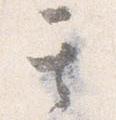
其